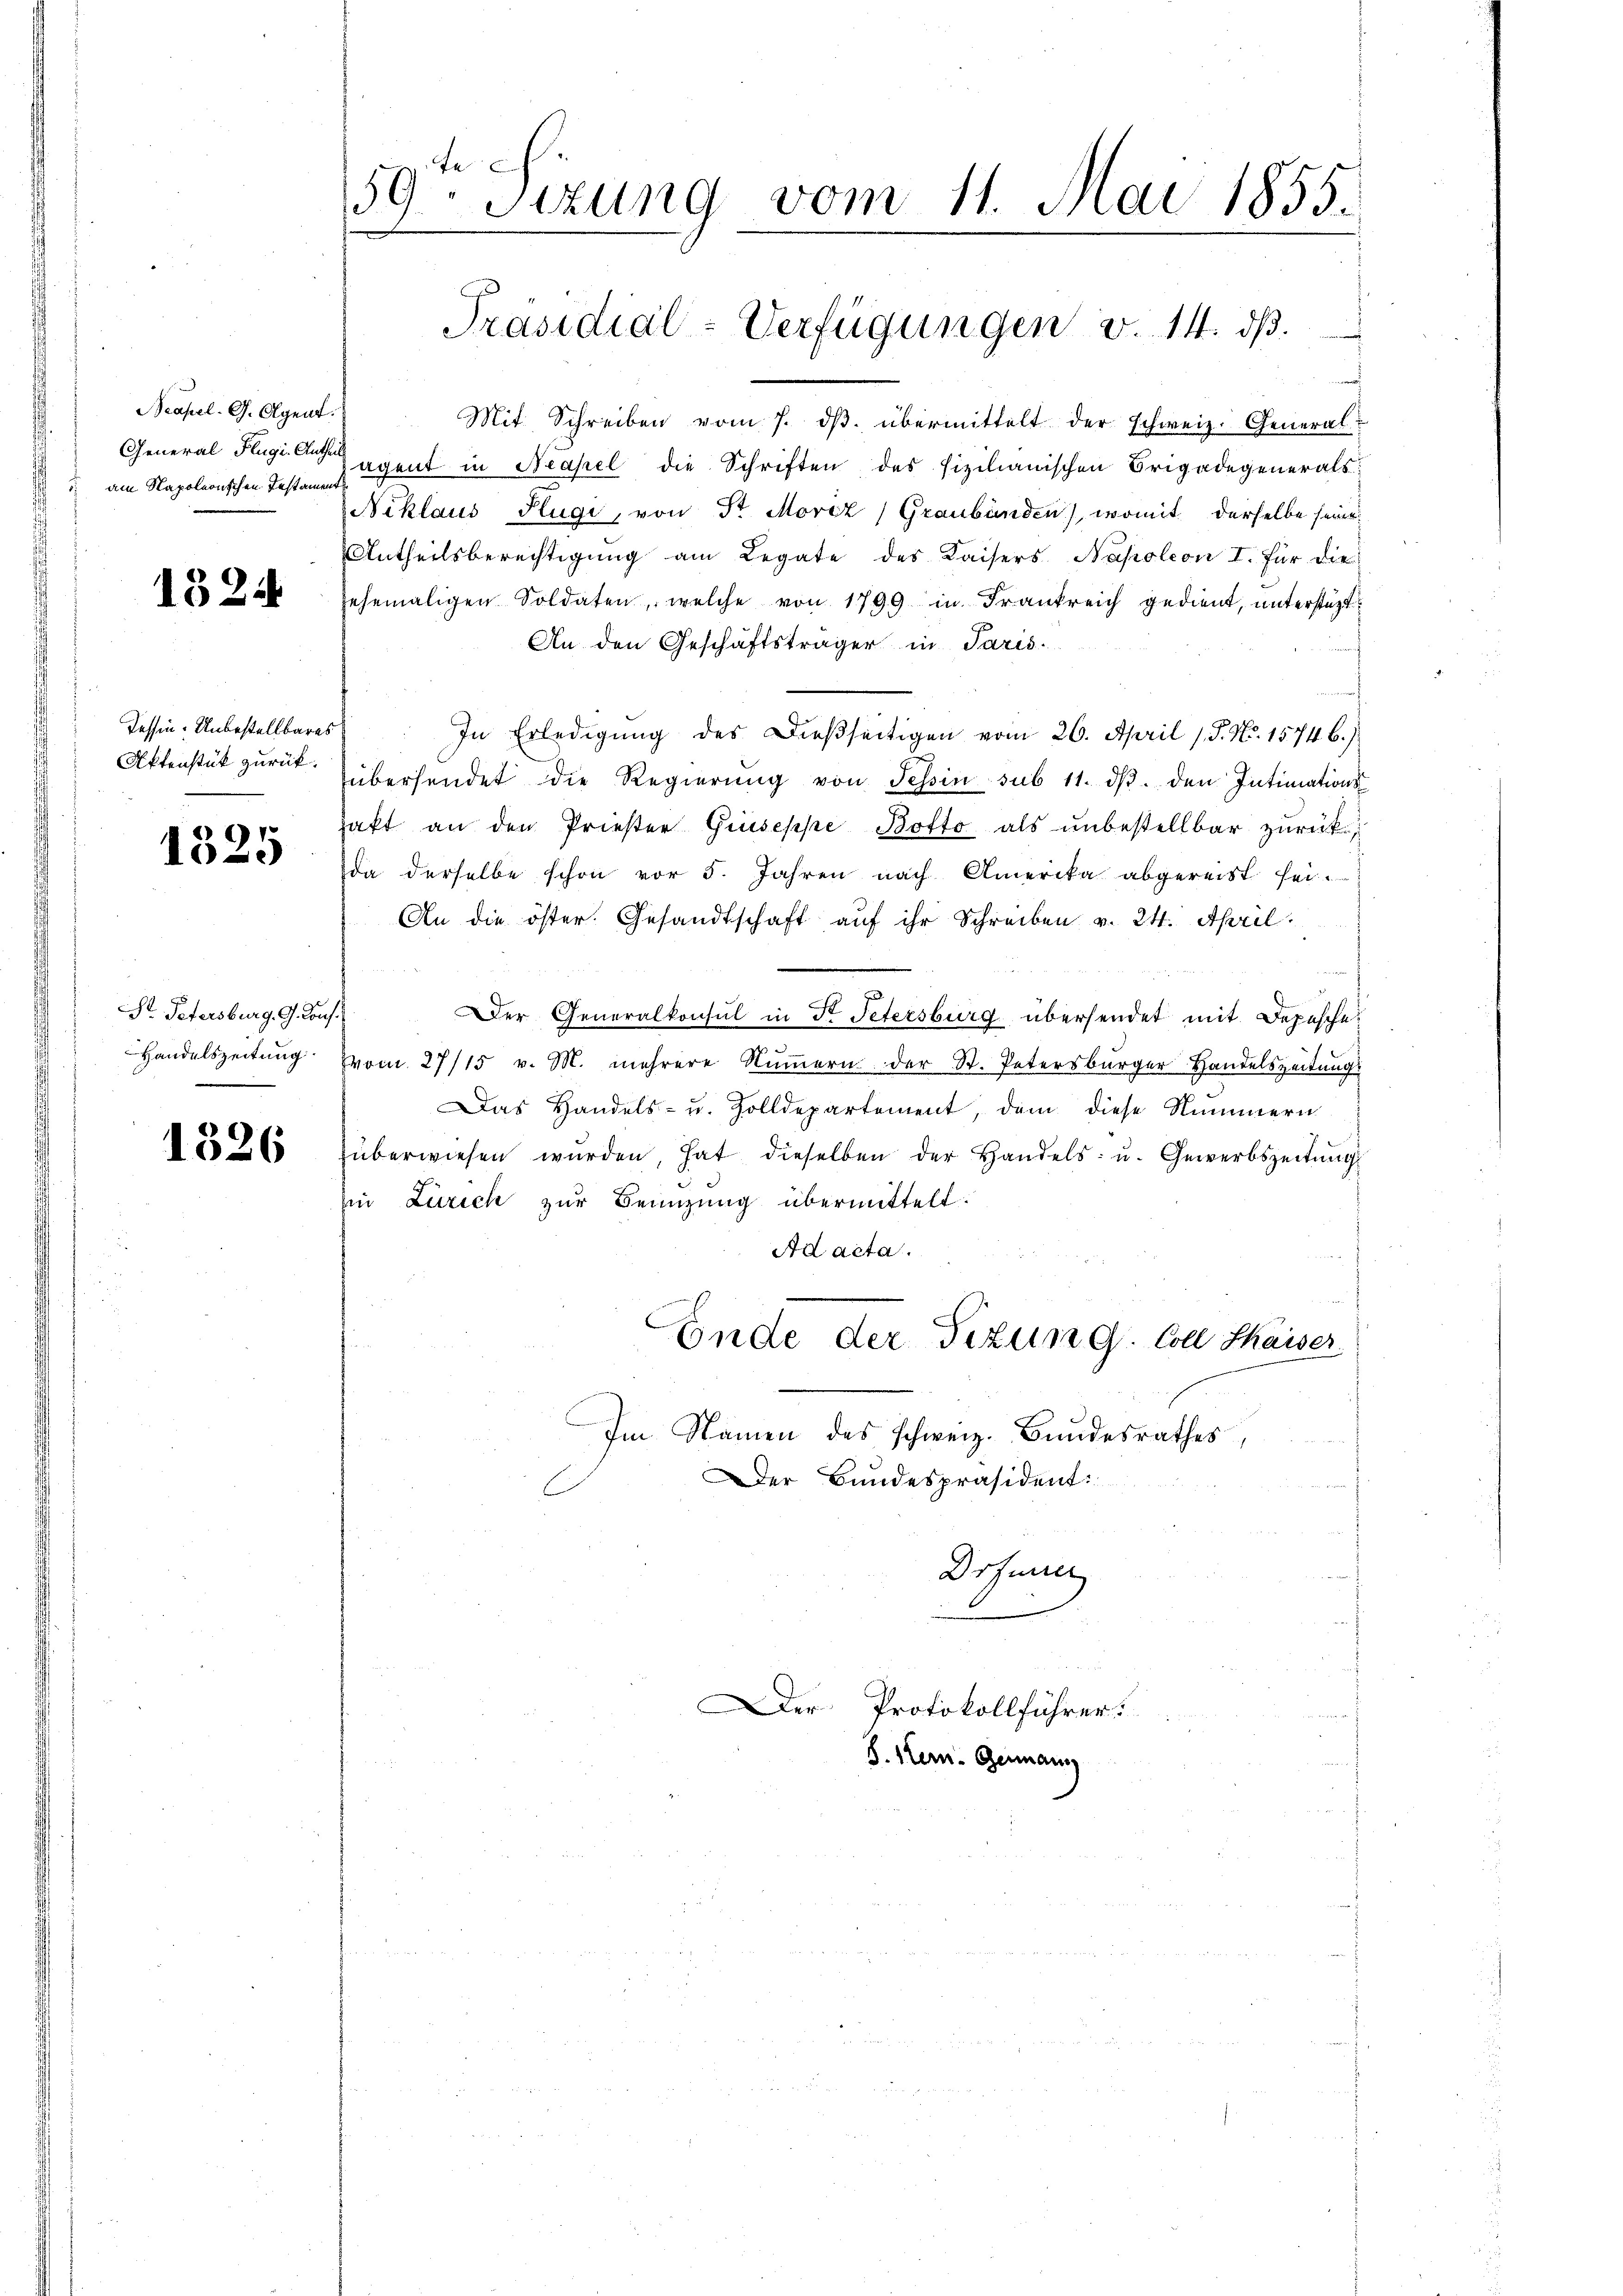
Neapel. G. Agent.
am Napoleonischen Instament

1824

Tessin: Unbestellbares
Aktenstük zurück.

1325

Dr. Petersburg, G. Kons.
Handelszeitung

1326

59ten Sizung vom 11. Mai 1855.
Präsidial-Verfügungen v. 14. dβ.

Mit Schreiben vom 7. dβ übermittelt der schweiz. General-
General Flug eine eigent in Neapel die Schriften des fizilianischen Brigadegenerals
Niklaus Fügi, von Sr. Moriz (Graubünden), womit derselbe seine
Antheilsberechtigung am Legate des Kaisers Napoleon I. für die
ehemaligen Soldaten, welche von 1799 in Frankreich gedient, unterstüzt¬
An den Geschäftsträger in Paris.
In Erledigung des Dießseitigen vom 26. April 1 S. Nr. 1574 b.)
übersendet die Regierŭng von Tessin sub 11. dβ. den Intimations
hakt an den Prieser Giuseppe Botto als unbestellbar zurück
da derselbe schon vor 5. Jahren nach Amerika abgereist sei.
An die öster. Gesandtschaft auf ihr Schreiben v. 24. April.
Der Generalkonsul in Fr. Petersburg übersendet mit Depesche
(vom 27/15 v. M. mehrere Nŭṁern der St. Petersbürger Handelszeitŭngs
Das Handels- u. Zolldepartement, dem diese Nummern
überwiesen wŭrden, hat dieselben der Handels- u. Gewerbszeitŭng
Ein Zürich zur Beanzung übermittelt.
Ad acta.
Ende der Titum G. Coll Shaiser
Im Namen des schweiz. Bundesrathes,
Der Bundespräsident:
Drfurrer

Der Protokollführer.
D. Kern. Germann